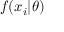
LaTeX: f ( x _ { i } | \theta )